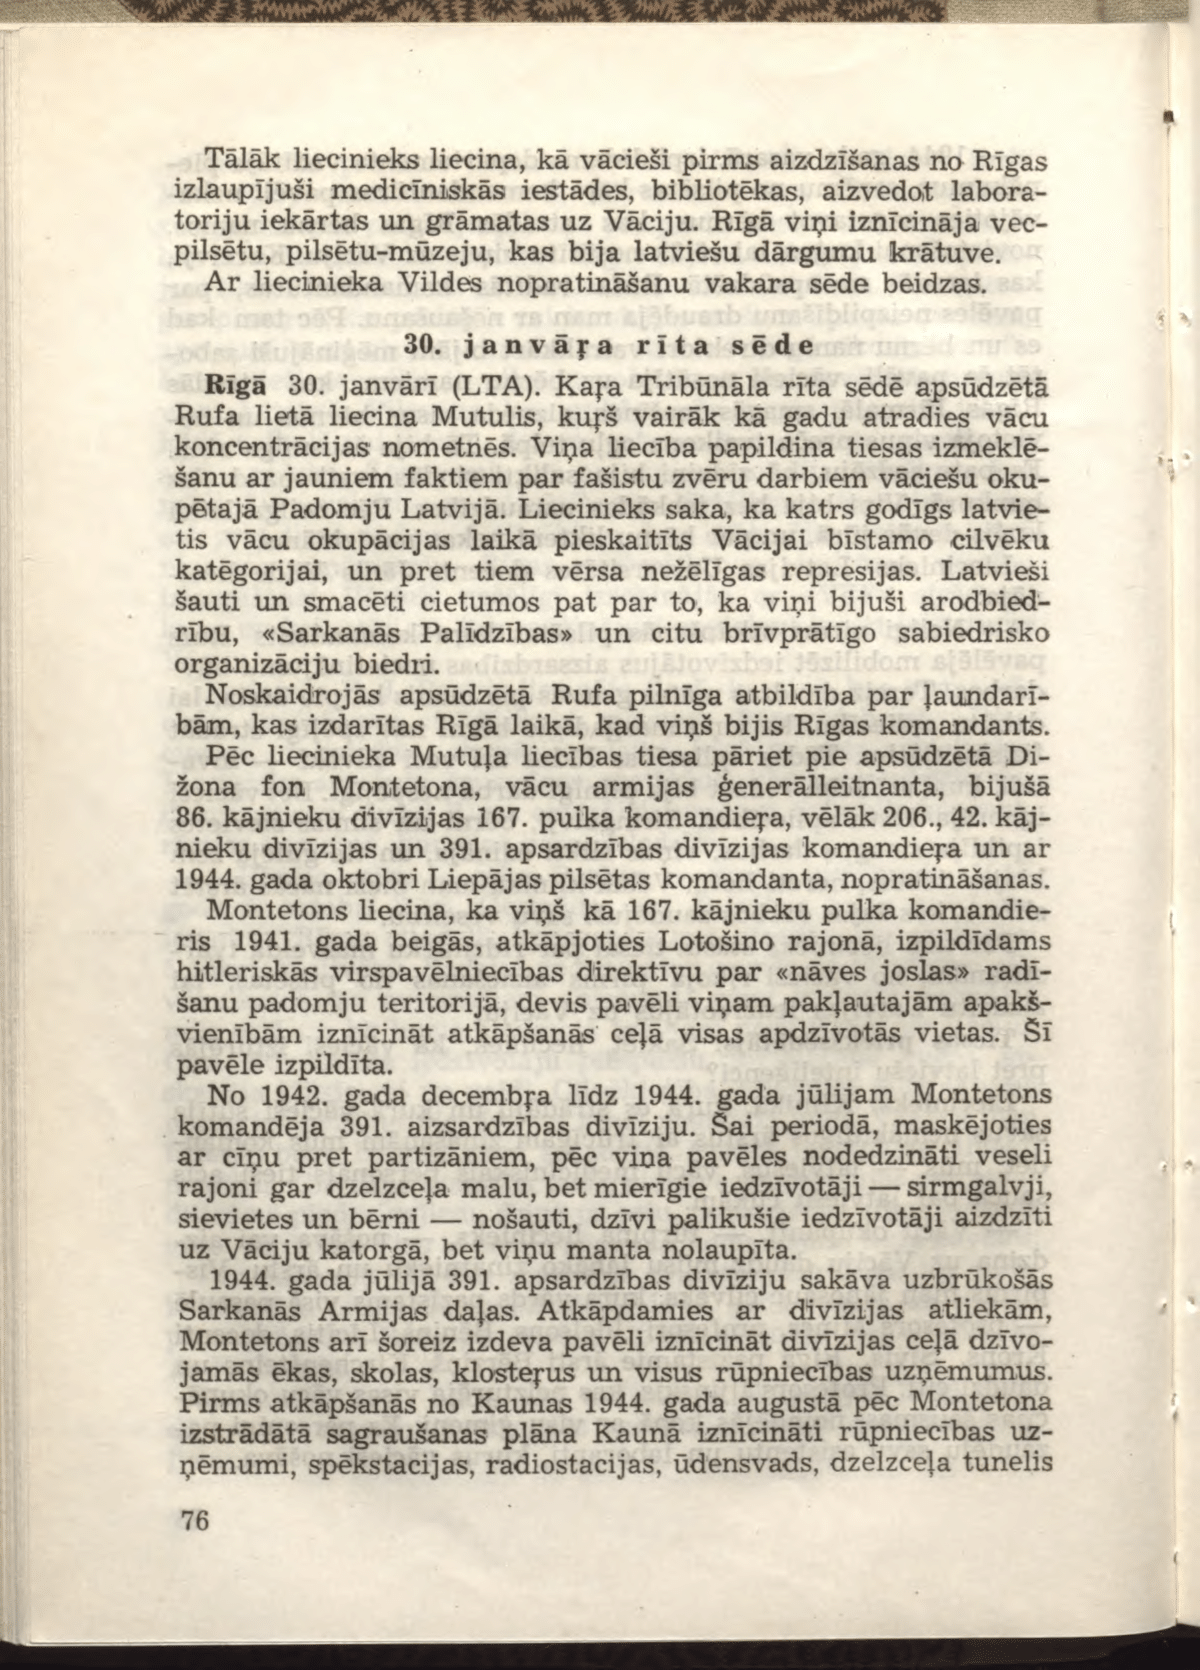
Language: lv